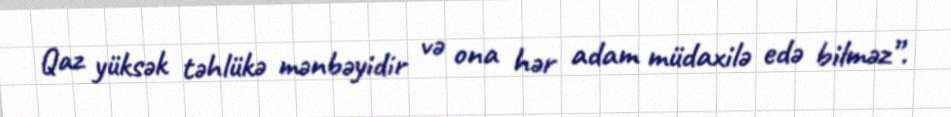
Qaz yüksək təhlükə mənbəyidir və ona hər adam müdaxilə edə bilməz”.